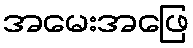
အမေးအဖြေ